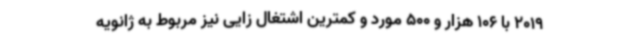
2019 با 106 هزار و 500 مورد و کمترین اشتغال زایی نیز مربوط به ژانویه